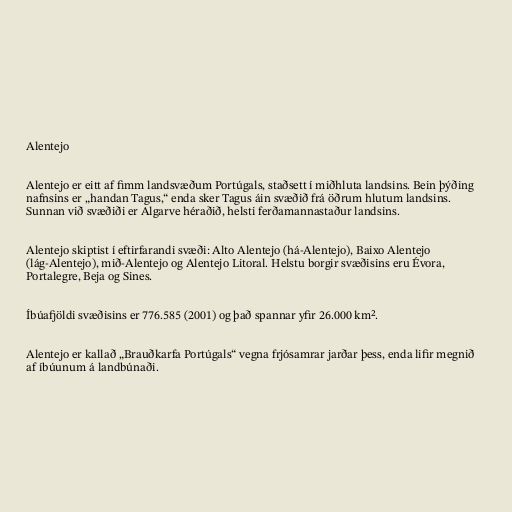
Alentejo

Alentejo er eitt af fimm landsvæðum Portúgals, staðsett í miðhluta landsins. Bein þýðing
nafnsins er „handan Tagus,“ enda sker Tagus áin svæðið frá öðrum hlutum landsins.
Sunnan við svæðiði er Algarve héraðið, helsti ferðamannastaður landsins.

Alentejo skiptist í eftirfarandi svæði: Alto Alentejo (há-Alentejo), Baixo Alentejo
(lág-Alentejo), mið-Alentejo og Alentejo Litoral. Helstu borgir svæðisins eru Évora,
Portalegre, Beja og Sines.

Íbúafjöldi svæðisins er 776.585 (2001) og það spannar yfir 26.000 km².

Alentejo er kallað „Brauðkarfa Portúgals“ vegna frjósamrar jarðar þess, enda lifir megnið
af íbúunum á landbúnaði.